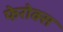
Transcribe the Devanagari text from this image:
फेरोक्स